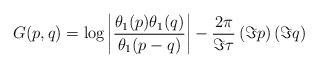
LaTeX: \begin{align*} G(p,q) = \log \left| \frac{\theta_1(p) \theta_1(q)}{\theta_1(p-q)} \right|- \frac{2\pi}{\Im \tau} \left(\Im p\right) \left(\Im q\right) \end{align*}